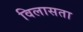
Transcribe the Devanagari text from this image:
विलासता